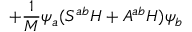
+ { \frac { 1 } { M } } \psi _ { a } ( S ^ { a b } H + A ^ { a b } H ) \psi _ { b }